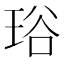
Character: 𤥫